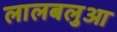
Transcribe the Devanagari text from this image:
लालबलुआ